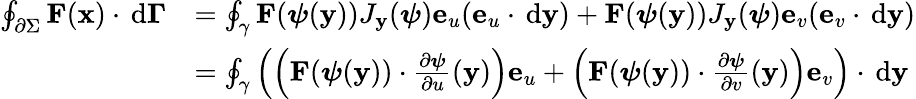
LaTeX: {\begin{array}{rl}{\oint_{\partial\Sigma}{\mathbf{F}(\mathbf{x})\cdot\, \mathrm{d}\mathbf{\Gamma}}}&{=\oint_{\gamma}{\mathbf{F}({\boldsymbol{\psi}}(\mathbf{y}))J_{\mathbf{y}}({\boldsymbol{\psi}})\mathbf{e}_{u}(\mathbf{e}_{u}\cdot\, \mathrm{d}\mathbf{y})+\mathbf{F}({\boldsymbol{\psi}}(\mathbf{y}))J_{\mathbf{y}}({\boldsymbol{\psi}})\mathbf{e}_{v}(\mathbf{e}_{v}\cdot\, \mathrm{d}\mathbf{y})}}\\ &{=\oint_{\gamma}{\left(\left(\mathbf{F}({\boldsymbol{\psi}}(\mathbf{y}))\cdot{\frac{\partial{\boldsymbol{\psi}}}{\partial u}}(\mathbf{y})\right)\mathbf{e}_{u}+\left(\mathbf{F}({\boldsymbol{\psi}}(\mathbf{y}))\cdot{\frac{\partial{\boldsymbol{\psi}}}{\partial v}}(\mathbf{y})\right)\mathbf{e}_{v}\right)\cdot\, \mathrm{d}\mathbf{y}}}\end{array}}